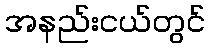
အနည်းငယ်တွင်